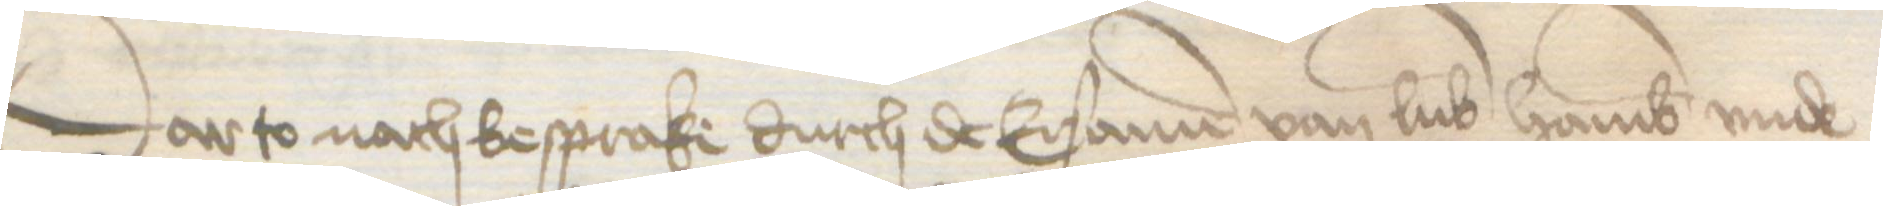
Darto nach besprake durch de Ersamen van Lubek Hamburg vnde